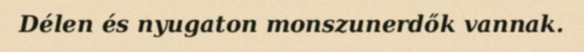
Délen és nyugaton monszunerdők vannak.